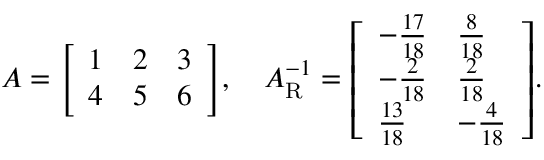
A = { \left[ \begin{array} { l l l } { 1 } & { 2 } & { 3 } \\ { 4 } & { 5 } & { 6 } \end{array} \right] } , \quad A _ { \mathrm { R } } ^ { - 1 } = { \left[ \begin{array} { l l } { - { \frac { 1 7 } { 1 8 } } } & { { \frac { 8 } { 1 8 } } } \\ { - { \frac { 2 } { 1 8 } } } & { { \frac { 2 } { 1 8 } } } \\ { { \frac { 1 3 } { 1 8 } } } & { - { \frac { 4 } { 1 8 } } } \end{array} \right] } .